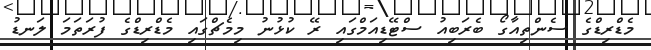
މެޑްރިޑްގެ ސެންތިއާގޯ ބެރަބިއު ސްޓޭޑިއަމްގައި ރޭ ކުޅުނު މިމެޗްގައި މެޑްރިޑްގެ ފުރަތަމަ ލަނޑު